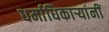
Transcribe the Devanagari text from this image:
धर्माधिकार्‍यांनीं